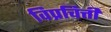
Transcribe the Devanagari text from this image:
विप्रचित्ती